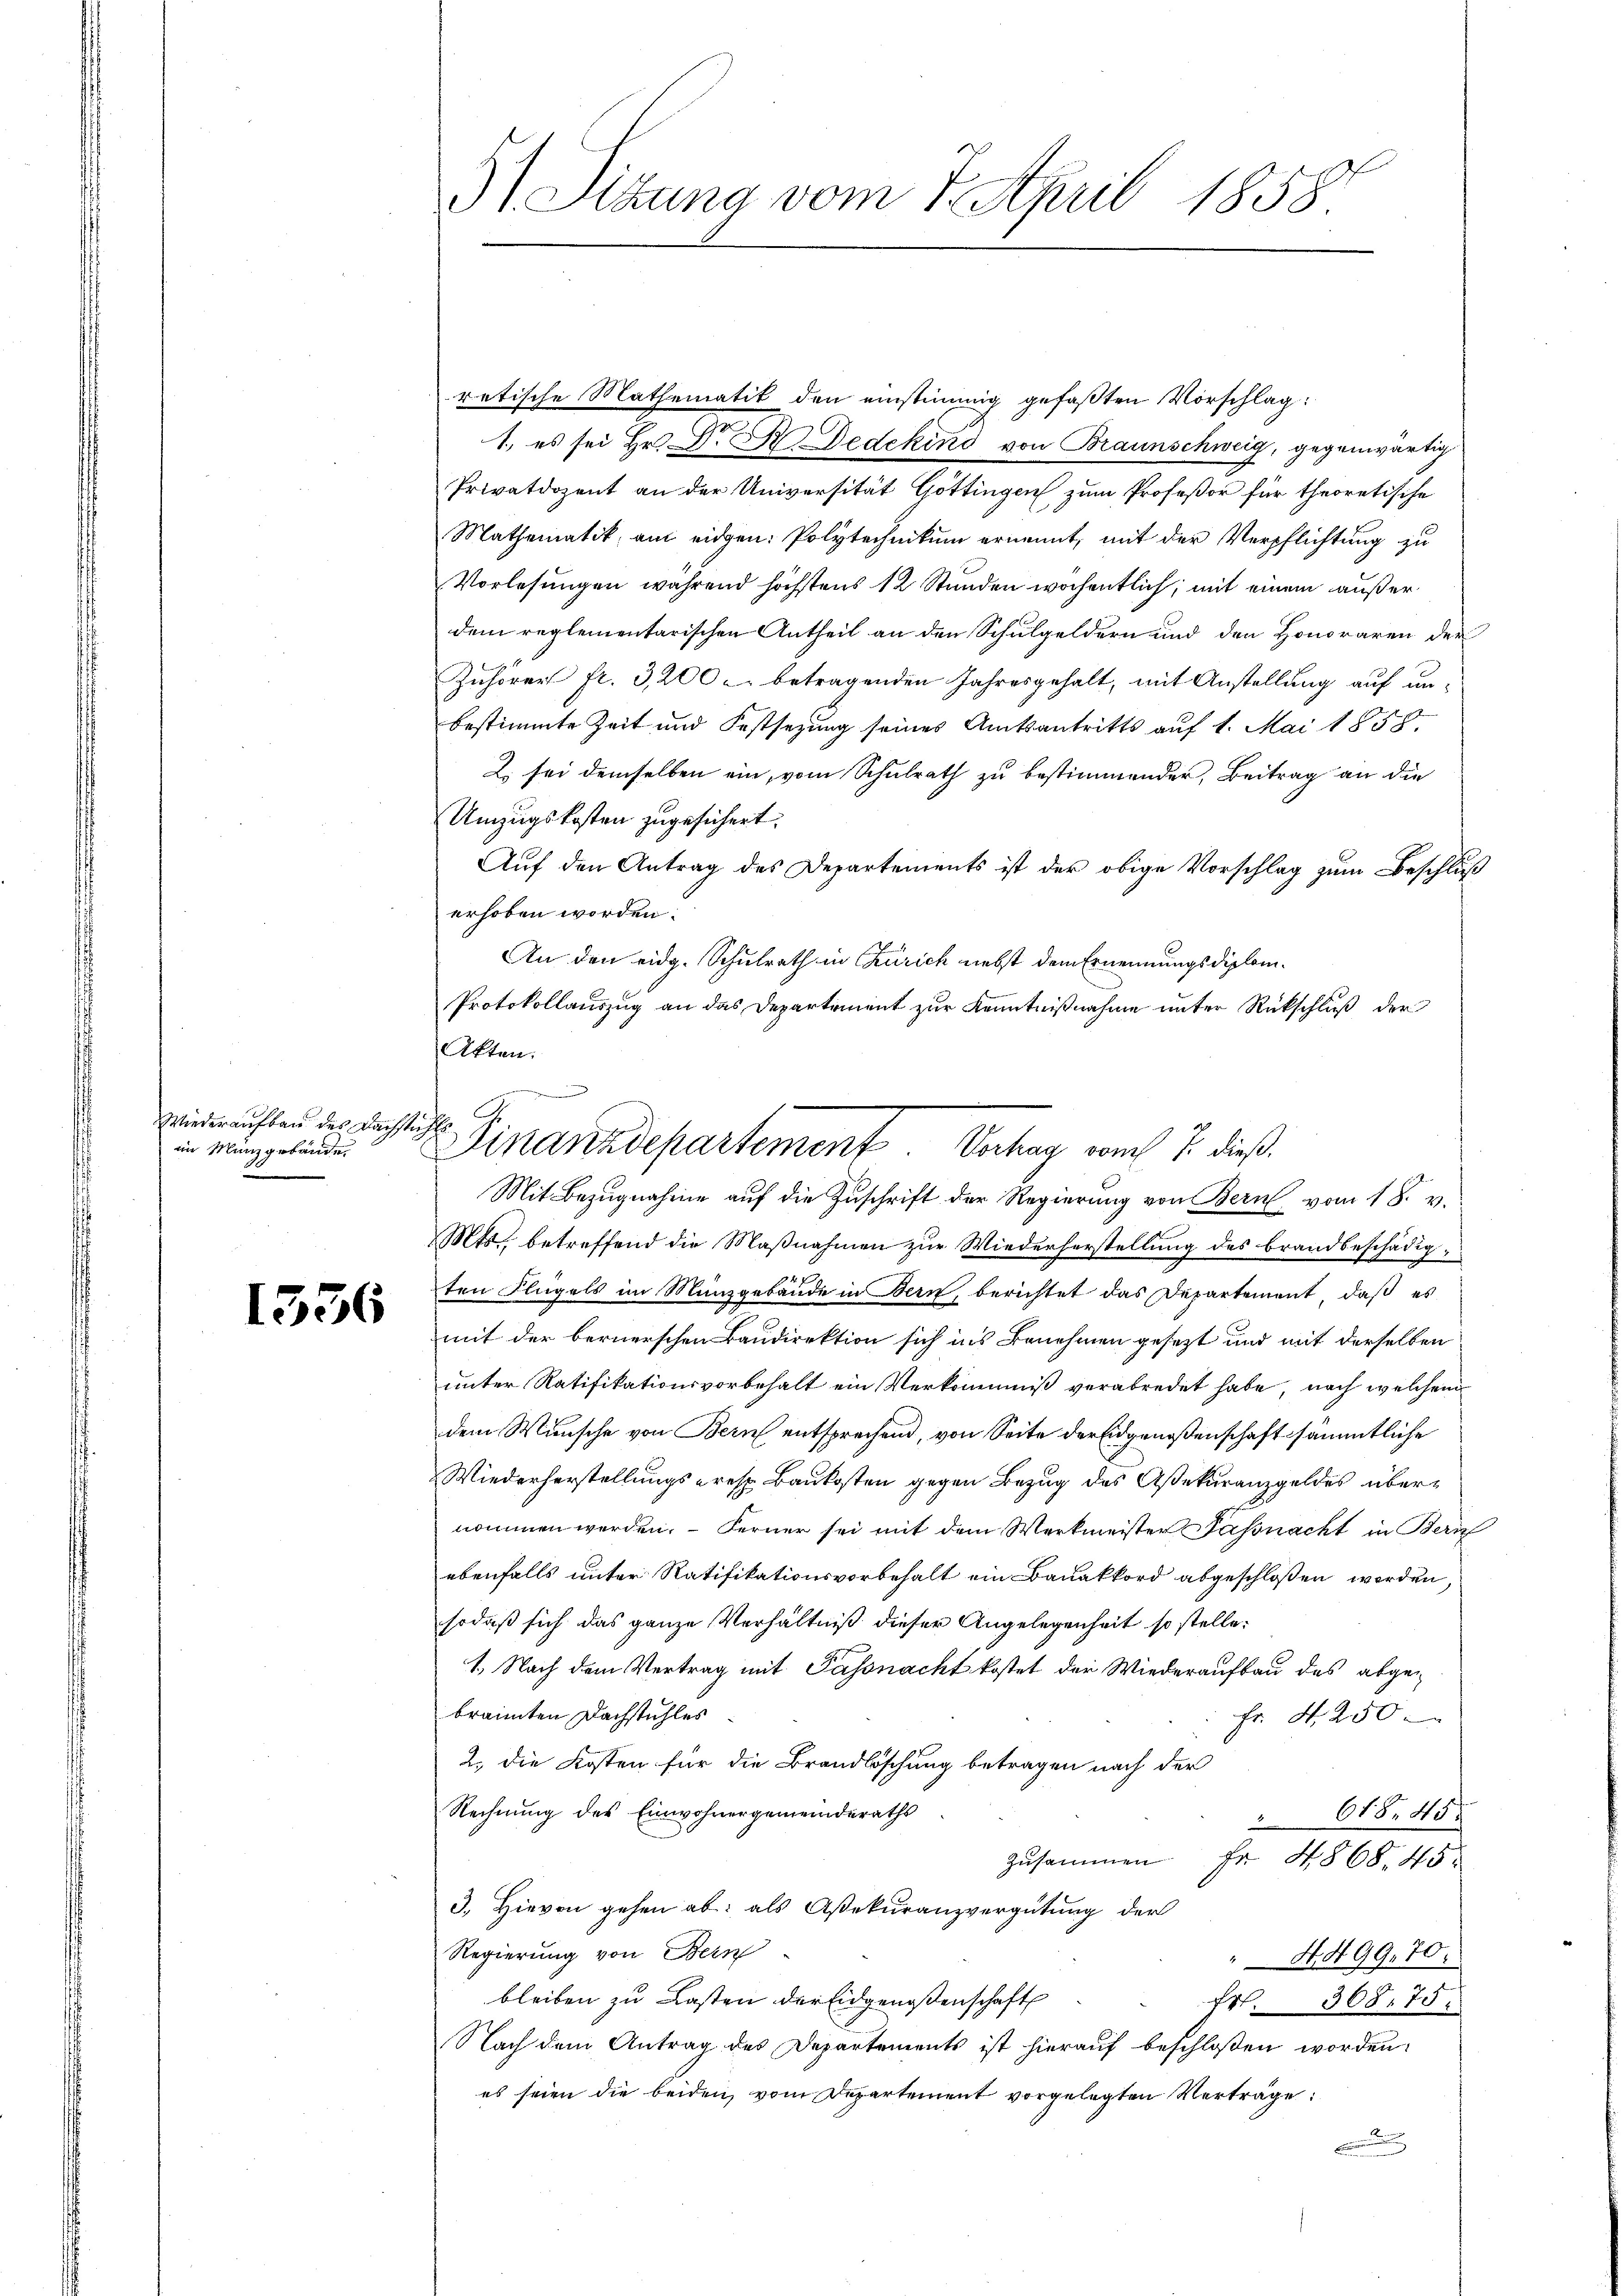
Wiederaufbau des Dachstühle
im Münzgebäude.

1556

51 Sitzung vom 7tpril 1858.

G.
Finanzdepartement Verhag vom 7. dieß

retische Mathematik den einstimmig gefaßten Vorschlag:
1. es sei Hr. Dr R Dedekind von Braunschweig, gegenwärtig
Privatdozent an der Universität Göttingen zum Profeßor für theoretische
Mathematik, am eidgen: Polytechnikum ernennt, mit der Verpflichtung zu
Vorlesungen während höchstens 12 Stunden wochentlich, mit einem außerdem reglementarischen Antheil an den Schulgeldern und den Honoraren der
Zuhörer fr. 3,200. betragenden Jahresgehalt, mit Anstellung auf unbestimmte Zeit und Festsezung seines Amtsantritts auf 1. Mai 1858.
2. sei demselben ein, vom Schulrath zu bestimmender, Beitrag an die
Umzugskosten zugesichert.
Auf den Antrag des Departements ist der obige Vorschlag zum Beschluß
erhoben worden.
An den eidg. Schulrath in Zürich nebst dem Ernennungsdiplom¬
Protokollauszug an das Departement zur Kenntnißnahme unter Rückschluß der
Akten.
Mit Bezugnahme auf die Zuschrift der Regierung von Bern vom 18. v.
Mts. betreffend die Maßnahmen zur Wiederherstellung des brandbeschädigten Flügels im Münzgebäude in Bern, berichtet das Departement, daß es
mit der bernerschen Baudirektion sich ins Benehmen gesezt und mit derselben
unter Ratifikationsvorbehalt ein Verkommniß verabredet habe, nach welchem
dem Wunsche von Bern entsprechend, von Seite der Eidgenoßenschaft sämmtliche
Wiederherstellungs- resp. Baukosten gegen Bezug des Aßekuranzgeldes übernommen werden. – Ferner sei mit dem Werkmeister Passnacht in Zürich
ebenfalls unter Ratifikationsvorbehalt ein Bauakkord abgeschlossen werden,
sodaß sich das ganze Verhältniß dieser Angelegenheit so stelle
1. Nach dem Vertrag mit Passnacht kostet der Wiederaufbau des abgebrannten Dachstuhles
Fr. 4. 250
2., die Kosten für die Brandböschung betragen nach der
Rechnung des Einwohnergemeinderaths
618. 48.
Zusammen Fr. 4868. 45
3.) Hievon gehen ab, als Assekuranzvergütung der
Regierung von Bern
" 4499. 70.
bleiben zu Lasten der Eidgenoßenschaft
Fr. 368. 75.
Nach dem Antrag des Departements ist hierauf beschloßen worden.
es seien die beiden vom Departement vorgelegten Verträge:
nnung